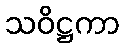
သဝိဋ္ဌကာ